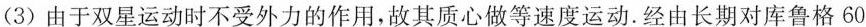
(3)由于双星运动时不受外力的作用，故其质心做等速度运动。经由长期对库鲁格60